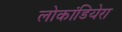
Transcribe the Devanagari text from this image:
लोकांडियेरा